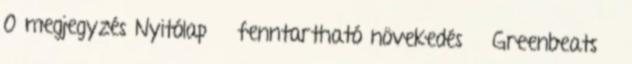
0 megjegyzés Nyitólap » fenntartható növekedés » Greenbeats »